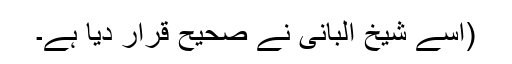
(اسے شیخ البانی نے صحیح قرار دیا ہے۔